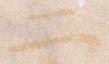
二